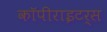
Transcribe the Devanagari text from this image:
कॉपीराइटर्स